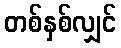
တစ်နှစ်လျှင်